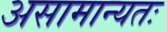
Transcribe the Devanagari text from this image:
असामान्यतः